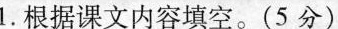
1.根据课文内容填空。(5分)